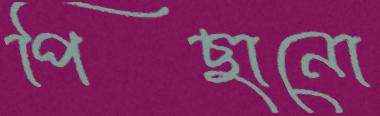
পিছানো